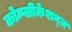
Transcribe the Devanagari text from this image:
कोम्प्लीकेशन्ज़